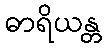
ဓာရိယန္တ